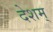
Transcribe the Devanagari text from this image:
देशम्‌